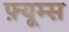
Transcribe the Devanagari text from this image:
फ़्यूम्स